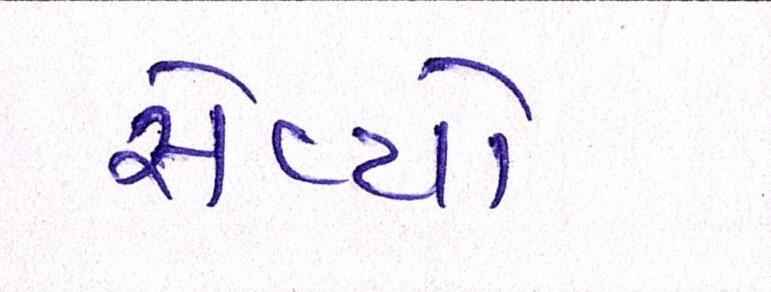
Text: સેવ્યો